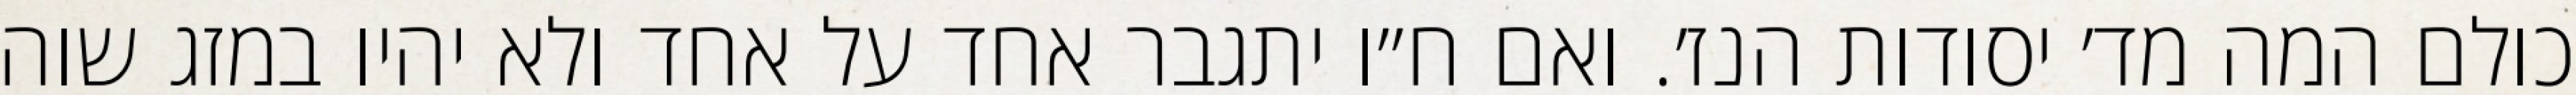
כולם המה מד׳ יסודות הנז׳. ואם ח״ו יתגבר אחד על אחד ולא יהיו במזג שוה